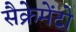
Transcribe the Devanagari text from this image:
सैक्रेमेंटो